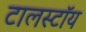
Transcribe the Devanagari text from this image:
टालस्टॉय